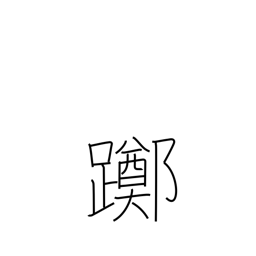
Meaning: loiter